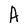
Character: A